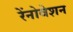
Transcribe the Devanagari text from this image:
रेंनोवेशन